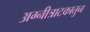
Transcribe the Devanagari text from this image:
अग्नीत्राटकातुन